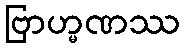
ဗြာဟ္မဏဿ